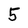
Character: 5